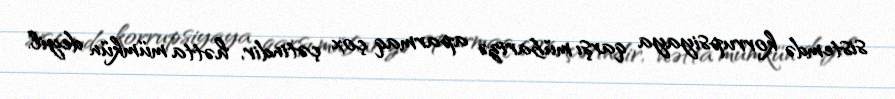
sistemdə korrupsiyaya qarşı mübarizə aparmaq çox çətindir, hətta mümkün deyil.